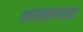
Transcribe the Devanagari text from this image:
शस्‍त्रागार